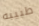
طبيبه